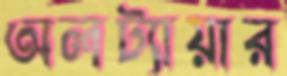
অলট্যায়ার